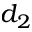
d _ { 2 }